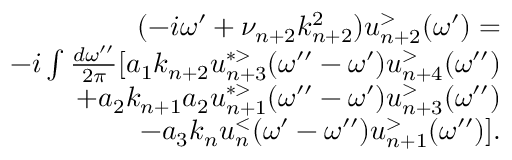
\begin{array} { r l r } & { } & { ( - i \omega ^ { \prime } + \nu _ { n + 2 } k _ { n + 2 } ^ { 2 } ) u _ { n + 2 } ^ { > } ( \omega ^ { \prime } ) = } \\ & { } & { - i \int \frac { d \omega ^ { \prime \prime } } { 2 \pi } [ a _ { 1 } k _ { n + 2 } u _ { n + 3 } ^ { * > } ( \omega ^ { \prime \prime } - \omega ^ { \prime } ) u _ { n + 4 } ^ { > } ( \omega ^ { \prime \prime } ) } \\ & { } & { + a _ { 2 } k _ { n + 1 } a _ { 2 } u _ { n + 1 } ^ { * > } ( \omega ^ { \prime \prime } - \omega ^ { \prime } ) u _ { n + 3 } ^ { > } ( \omega ^ { \prime \prime } ) } \\ & { } & { - a _ { 3 } k _ { n } u _ { n } ^ { < } ( \omega ^ { \prime } - \omega ^ { \prime \prime } ) u _ { n + 1 } ^ { > } ( \omega ^ { \prime \prime } ) ] . } \end{array}